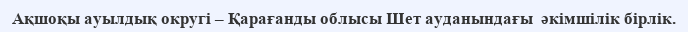
Ақшоқы ауылдық округі – Қарағанды облысы Шет ауданындағы  әкімшілік бірлік.